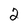
Character: 2